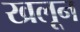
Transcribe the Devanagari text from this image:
खलून